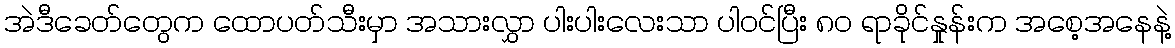
အဲဒီခေတ်တွေက ထောပတ်သီးမှာ အသားလွှာ ပါးပါးလေးသာ ပါဝင်ပြီး ၈၀ ရာခိုင်နှုန်းက အစေ့အနေနဲ့